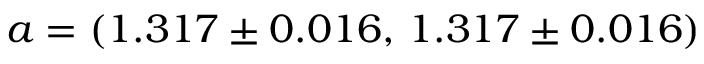
a = ( 1 . 3 1 7 \pm 0 . 0 1 6 , \, 1 . 3 1 7 \pm 0 . 0 1 6 )